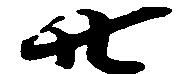
廿